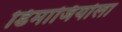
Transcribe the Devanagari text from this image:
डिमाजियोला